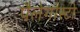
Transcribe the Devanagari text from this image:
पैलेगोस्टो